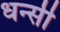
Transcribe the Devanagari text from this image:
धन्सी